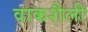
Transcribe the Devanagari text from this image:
वाकशैली